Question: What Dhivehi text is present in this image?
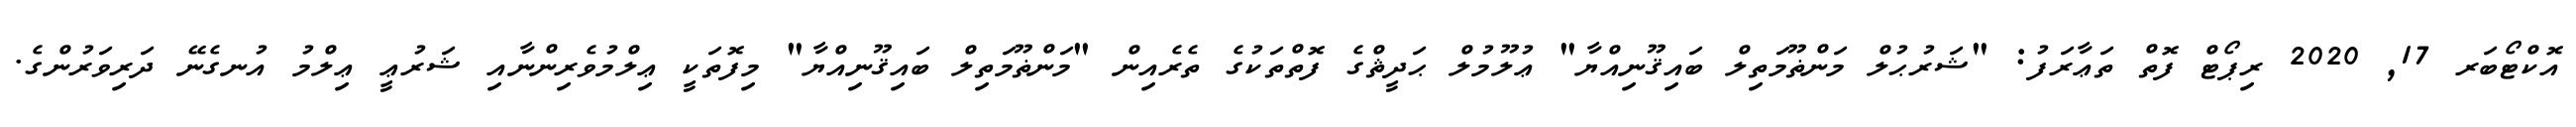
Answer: އޮކްޓޯބަރ 17, 2020 ރިޕޯޓް ފޮތް ތަޢާރަފު: "ޝަރުޙުލް މަންޡޫމަތިލް ބައިޤޫނިއްޔާ" ޢުލޫމުލް ޙަދީޘްގެ ފޮތްތަކުގެ ތެރެއިން "މަންޡޫމަތިލް ބައިޤޫނިއްޔާ" މިފޮތަކީ ޢިލްމުވެރިންނާއި ޝަރުޢީ ޢިލްމު އުނގެނޭ ދަރިވަރުންގެ.